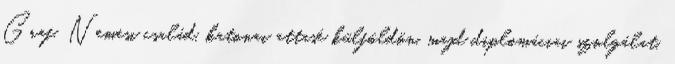
Graf. Nemesi család, katonai attasé külföldön, majd diplomáciai szolgálat.